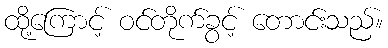
ထို့ကြောင့် ဝင်တိုက်ခွင့် တောင်းသည်။